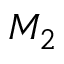
M _ { 2 }